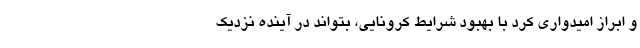
و ابراز امیدواری کرد با بهبود شرایط کرونایی، بتواند در آینده نزدیک